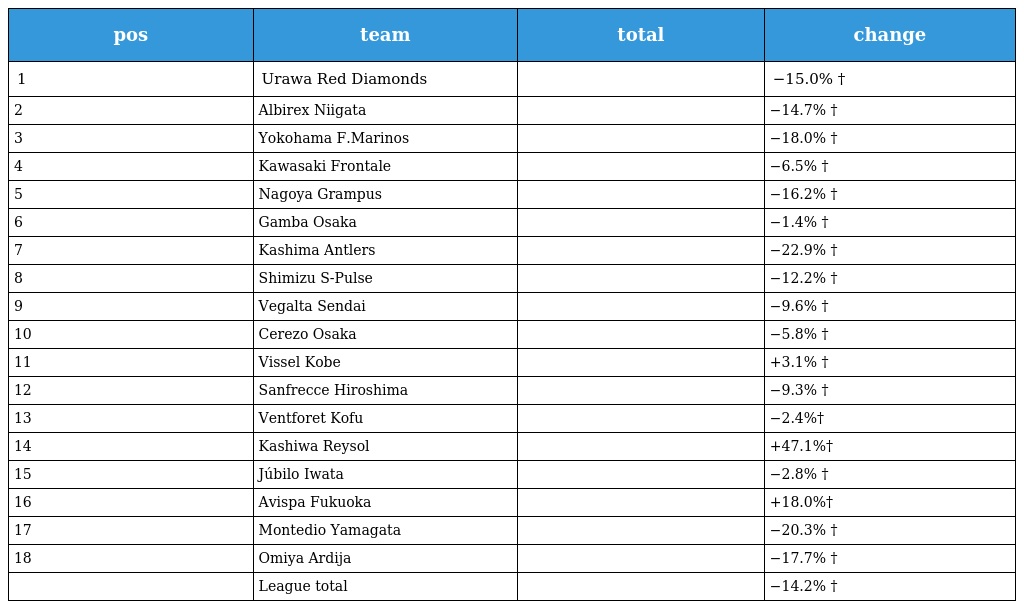
| pos | team | total | change |
 | --- | --- | --- | --- |
 | 1 | Urawa Red Diamonds |  | −15.0% † |
 | 2 | Albirex Niigata |  | −14.7% † |
 | 3 | Yokohama F.Marinos |  | −18.0% † |
 | 4 | Kawasaki Frontale |  | −6.5% † |
 | 5 | Nagoya Grampus |  | −16.2% † |
 | 6 | Gamba Osaka |  | −1.4% † |
 | 7 | Kashima Antlers |  | −22.9% † |
 | 8 | Shimizu S-Pulse |  | −12.2% † |
 | 9 | Vegalta Sendai |  | −9.6% † |
 | 10 | Cerezo Osaka |  | −5.8% † |
 | 11 | Vissel Kobe |  | +3.1% † |
 | 12 | Sanfrecce Hiroshima |  | −9.3% † |
 | 13 | Ventforet Kofu |  | −2.4%† |
 | 14 | Kashiwa Reysol |  | +47.1%† |
 | 15 | Júbilo Iwata |  | −2.8% † |
 | 16 | Avispa Fukuoka |  | +18.0%† |
 | 17 | Montedio Yamagata |  | −20.3% † |
 | 18 | Omiya Ardija |  | −17.7% † |
 |  | League total |  | −14.2% † |